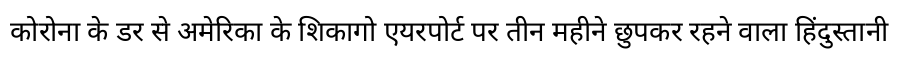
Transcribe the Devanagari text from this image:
कोरोना के डर से अमेरिका के शिकागो एयरपोर्ट पर तीन महीने छुपकर रहने वाला हिंदुस्तानी